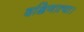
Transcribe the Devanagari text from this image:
दक्षिणात्या।